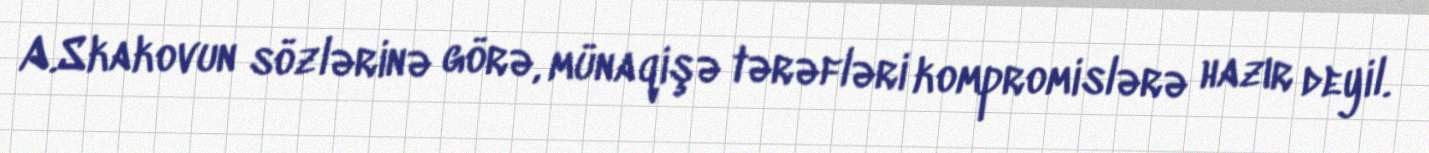
A.Skakovun sözlərinə görə, münaqişə tərəfləri kompromislərə hazır deyil.